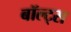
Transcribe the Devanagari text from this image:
बॉल्ट्स